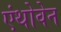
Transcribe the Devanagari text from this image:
एंथोवेन